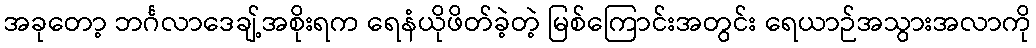
အခုတော့ ဘင်္ဂလာဒေချ့်အစိုးရက ရေနံယိုဖိတ်ခဲ့တဲ့ မြစ်ကြောင်းအတွင်း ရေယာဉ်အသွားအလာကို